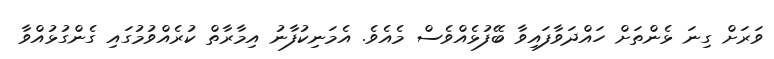
ވަރަށް ގިނަ ޅެންތަށް ހައްދަވާފައިވާ ބޭފުޅެއްވެސް މެއެވެ. އެމަނިކުފާނު އިމާރާތް ކުރެއްވުމުގައި ގެންގުޅުއްވާ